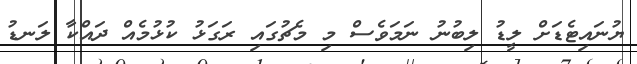
ޔުނައިޓެޑަށް ލީޑު ލިބުނު ނަމަވެސް މި މެޗުގައި ރަގަޅު ކުޅުމެއް ދައްކާ ލަނޑު